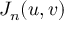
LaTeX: J _ { n } ( u , v )